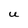
Character: U